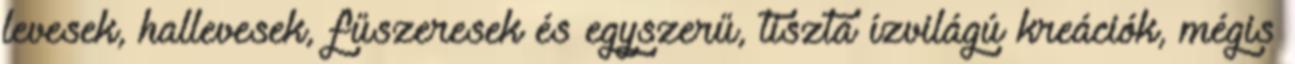
levesek, hallevesek, fűszeresek és egyszerű, tiszta ízvilágú kreációk, mégis